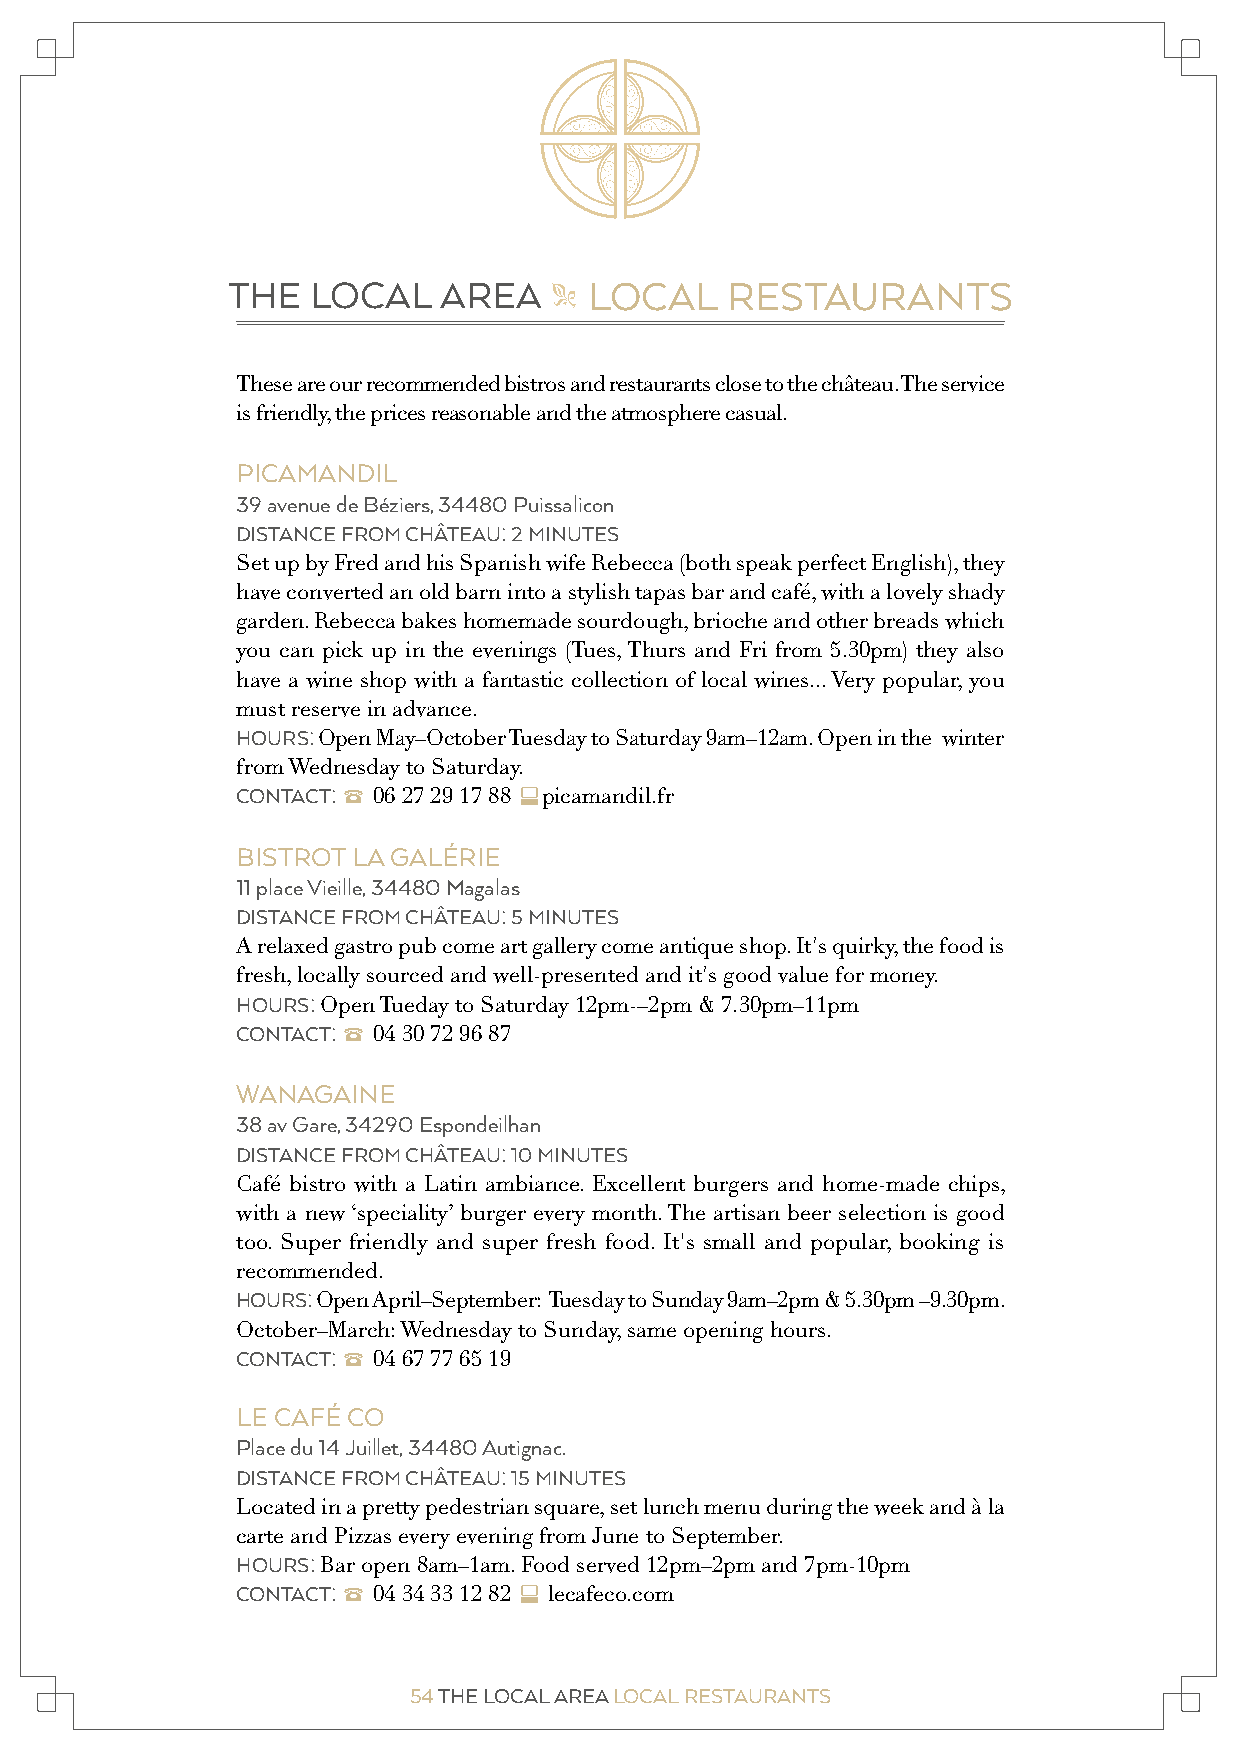
THE   LOCAL   AREA      LOCAL    RESTAURANTS
 "
 These are our recommended bistros and restaurants close to the château. The service
 is friendly, the prices reasonable and the atmosphere casual.
 PICAMANDIL
 39 avenue de Béziers, 34480 Puissalicon
 DISTANCE FROM CHÂTEAU: 2 MINUTES
 Set up by Fred and his Spanish wife Rebecca (both speak perfect English), they
 have converted an old barn into a stylish tapas bar and café, with a lovely shady
 garden. Rebecca bakes homemade sourdough, brioche and other breads which
 you can pick up in the evenings (Tues, Thurs and Fri from 5.30pm) they also
 have a wine shop with a fantastic collection of local wines... Very popular, you
 must reserve in advance.
 HOURS: Open May–October Tuesday to Saturday 9am–12am. Open in the winter
 from Wednesday to Saturday.
 CONTACT: 2 06 27 29 17 88 cpicamandil.fr
 BISTROT LA GALÉRIE
 11 place Vieille, 34480 Magalas
 DISTANCE FROM CHÂTEAU: 5 MINUTES
 A relaxed gastro pub come art gallery come antique shop. It's quirky, the food is
 fresh, locally sourced and well-presented and it's good value for money.
 HOURS: Open Tueday to Saturday 12pm-–2pm & 7.30pm–11pm
 CONTACT: 2 04 30 72 96 87
 WANAGAINE
 38 av Gare, 34290 Espondeilhan
 DISTANCE FROM CHÂTEAU: 10 MINUTES
 Café bistro with a Latin ambiance. Excellent burgers and home-made chips,
 with a new ‘speciality’ burger every month. The artisan beer selection is good
 too. Super friendly and super fresh food. It's small and popular, booking is
 recommended.
 HOURS: Open April–September: Tuesday to Sunday 9am–2pm & 5.30pm –9.30pm.
 October–March: Wednesday to Sunday, same opening hours.
 CONTACT: 2 04 67 77 65 19
 LE CAFÉ CO
 Place du 14 Juillet, 34480 Autignac.
 DISTANCE FROM CHÂTEAU: 15 MINUTES
 Located in a pretty pedestrian square, set lunch menu during the week and à la
 PICAMANDIL.FR
 carte and Pizzas every evening from June to September.
 HOURS: Bar open 8am–1am. Food served 12pm–2pm and 7pm-10pm
 CONTACT: 2 04 34 33 12 82 c lecafeco.com
 54 THE LOCAL AREA LOCAL RESTAURANTS